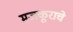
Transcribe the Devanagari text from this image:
मजकूराचे